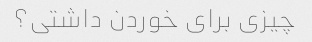
چیزی برای خوردن داشتی؟